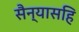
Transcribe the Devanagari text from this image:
सैन्यासहि